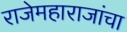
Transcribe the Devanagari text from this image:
राजेमहाराजांचा